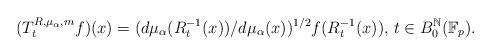
LaTeX: \begin{align*}(T^{R,\mu_\alpha,m}_tf)(x)=(d\mu_\alpha(R_t^{-1}(x))/d\mu_\alpha(x))^{1/2}f(R_t^{-1}(x)),\,t\in B_0^{\mathbb N}({\mathbb F}_p).\end{align*}